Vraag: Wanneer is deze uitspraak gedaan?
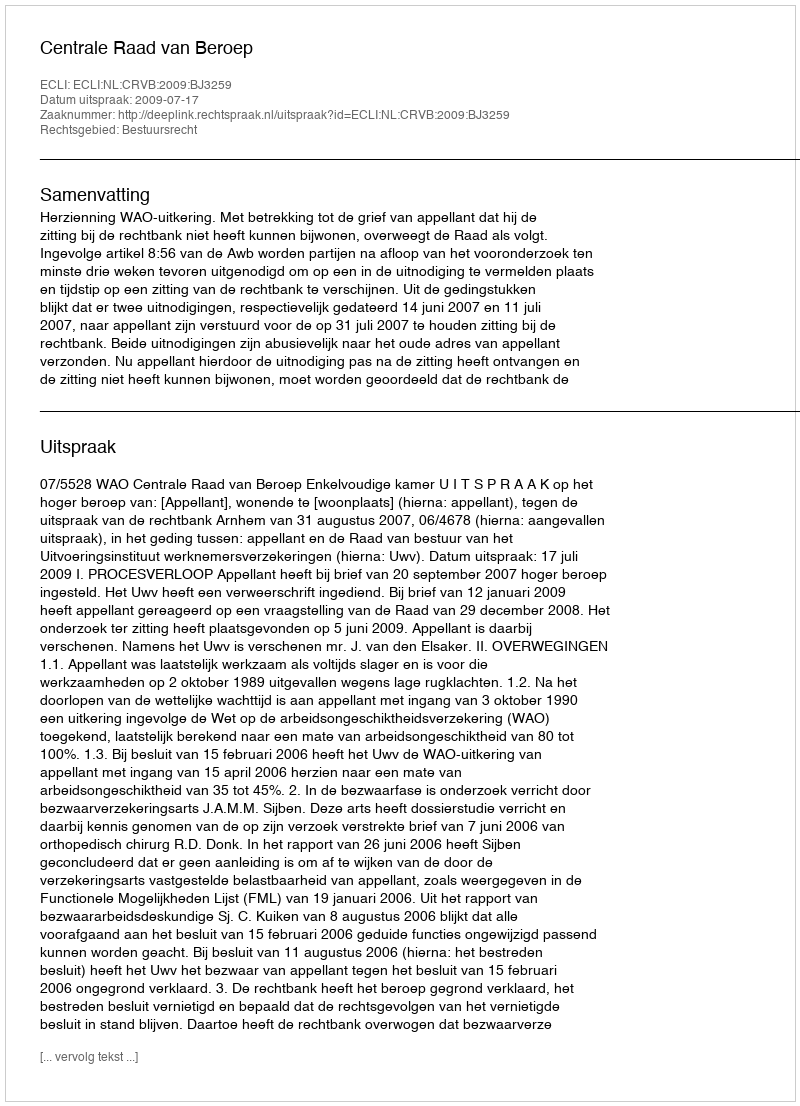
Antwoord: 2009-07-17